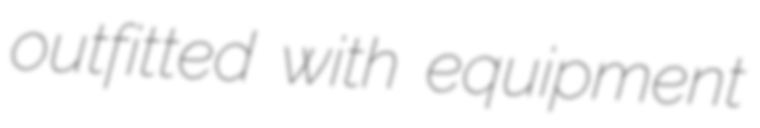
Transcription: outfitted with equipment